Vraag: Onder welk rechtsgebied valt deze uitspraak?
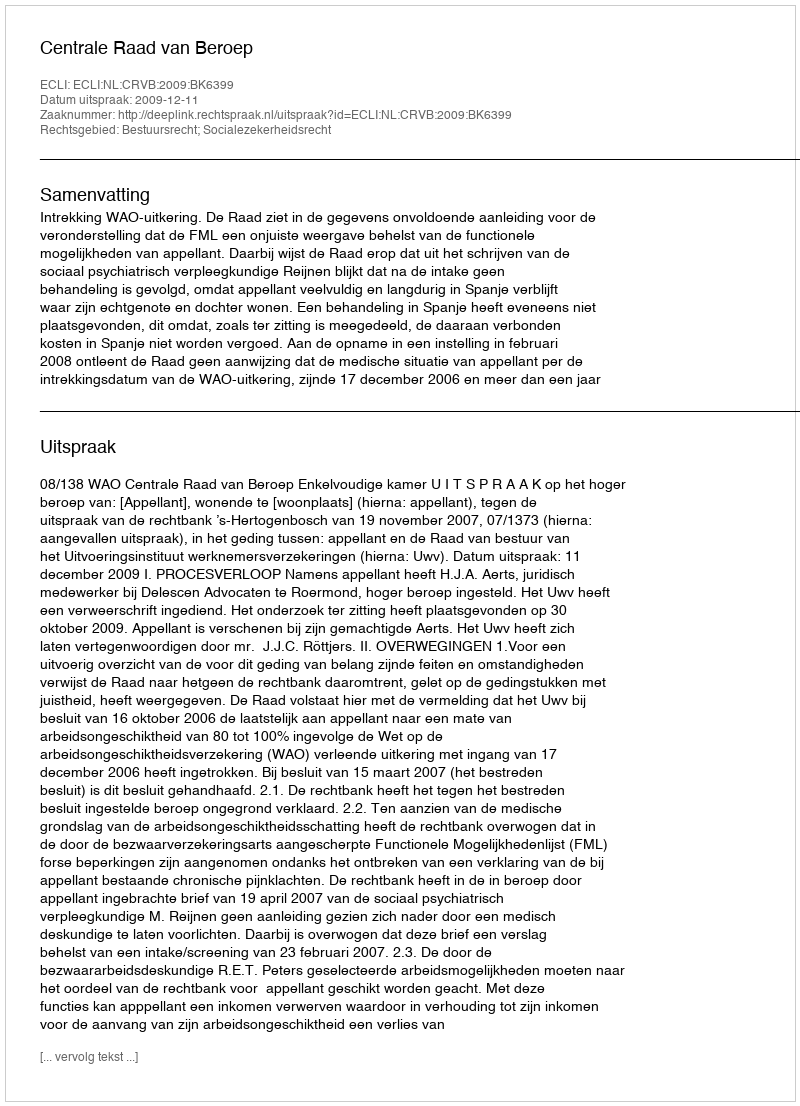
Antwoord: Bestuursrecht; Socialezekerheidsrecht